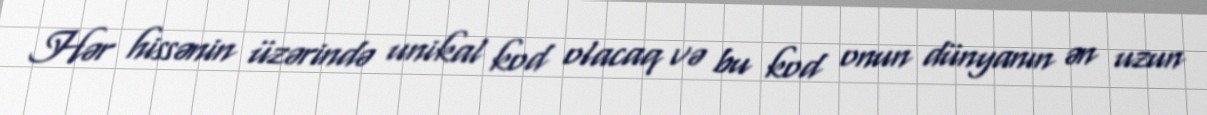
Hər hissənin üzərində unikal kod olacaq və bu kod onun dünyanın ən uzun